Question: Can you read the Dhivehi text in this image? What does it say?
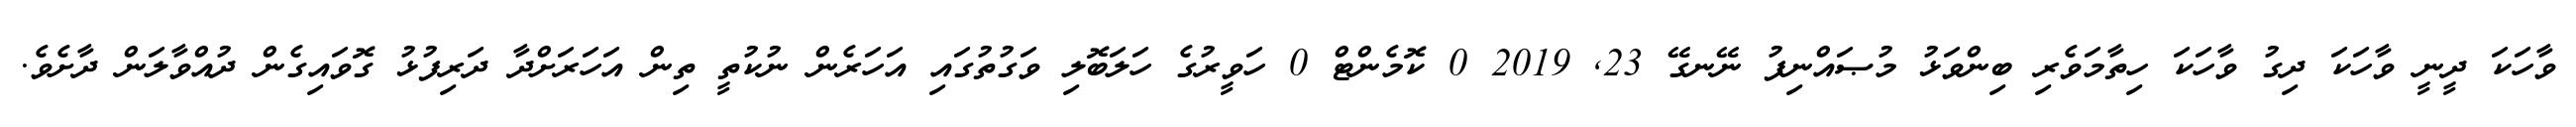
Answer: ވާހަކަ ދީނީ ވާހަކަ ދިގު ވާހަކަ ހިތާމަވެރި ބިންވަޅު މުޞައްނިފު ނޭނގޭ 23, 2019 0 ކޮމެންޓް 0 ހަވީރުގެ ހަލަބޮލި ވަގުތުގައި އަހަރެން ނުކުތީ ތިން އަހަރަށްދާ ދަރިފުޅު ގޮވައިގެން ދުއްވާލަން ދާށެވެ.